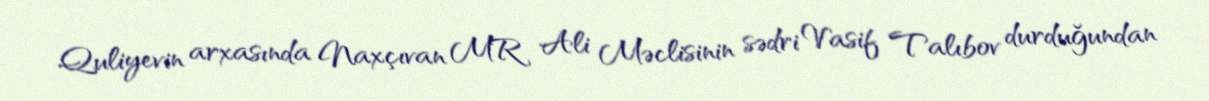
Quliyevin arxasında Naxçıvan MR Ali Məclisinin sədri Vasif Talıbov durduğundan